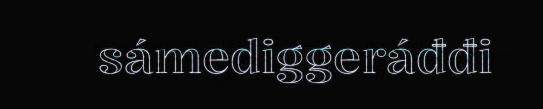
sámediggeráđđi